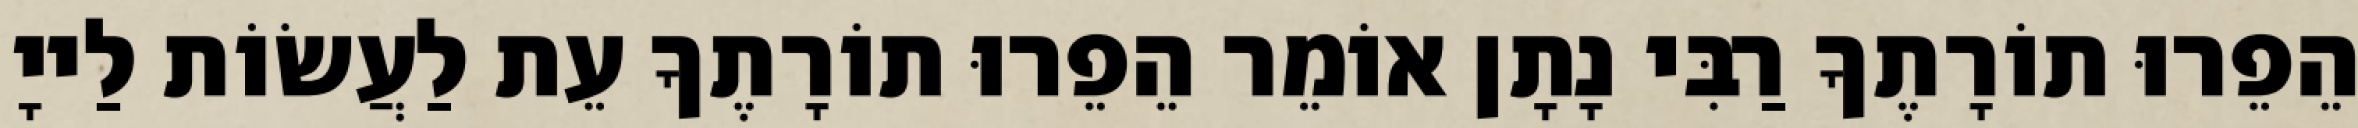
הֵפֵרוּ תוֹרָתֶךָ רַבִּי נָתָן אוֹמֵר הֵפֵרוּ תוֹרָתֶךָ עֵת לַעֲשׂוֹת לַייָ